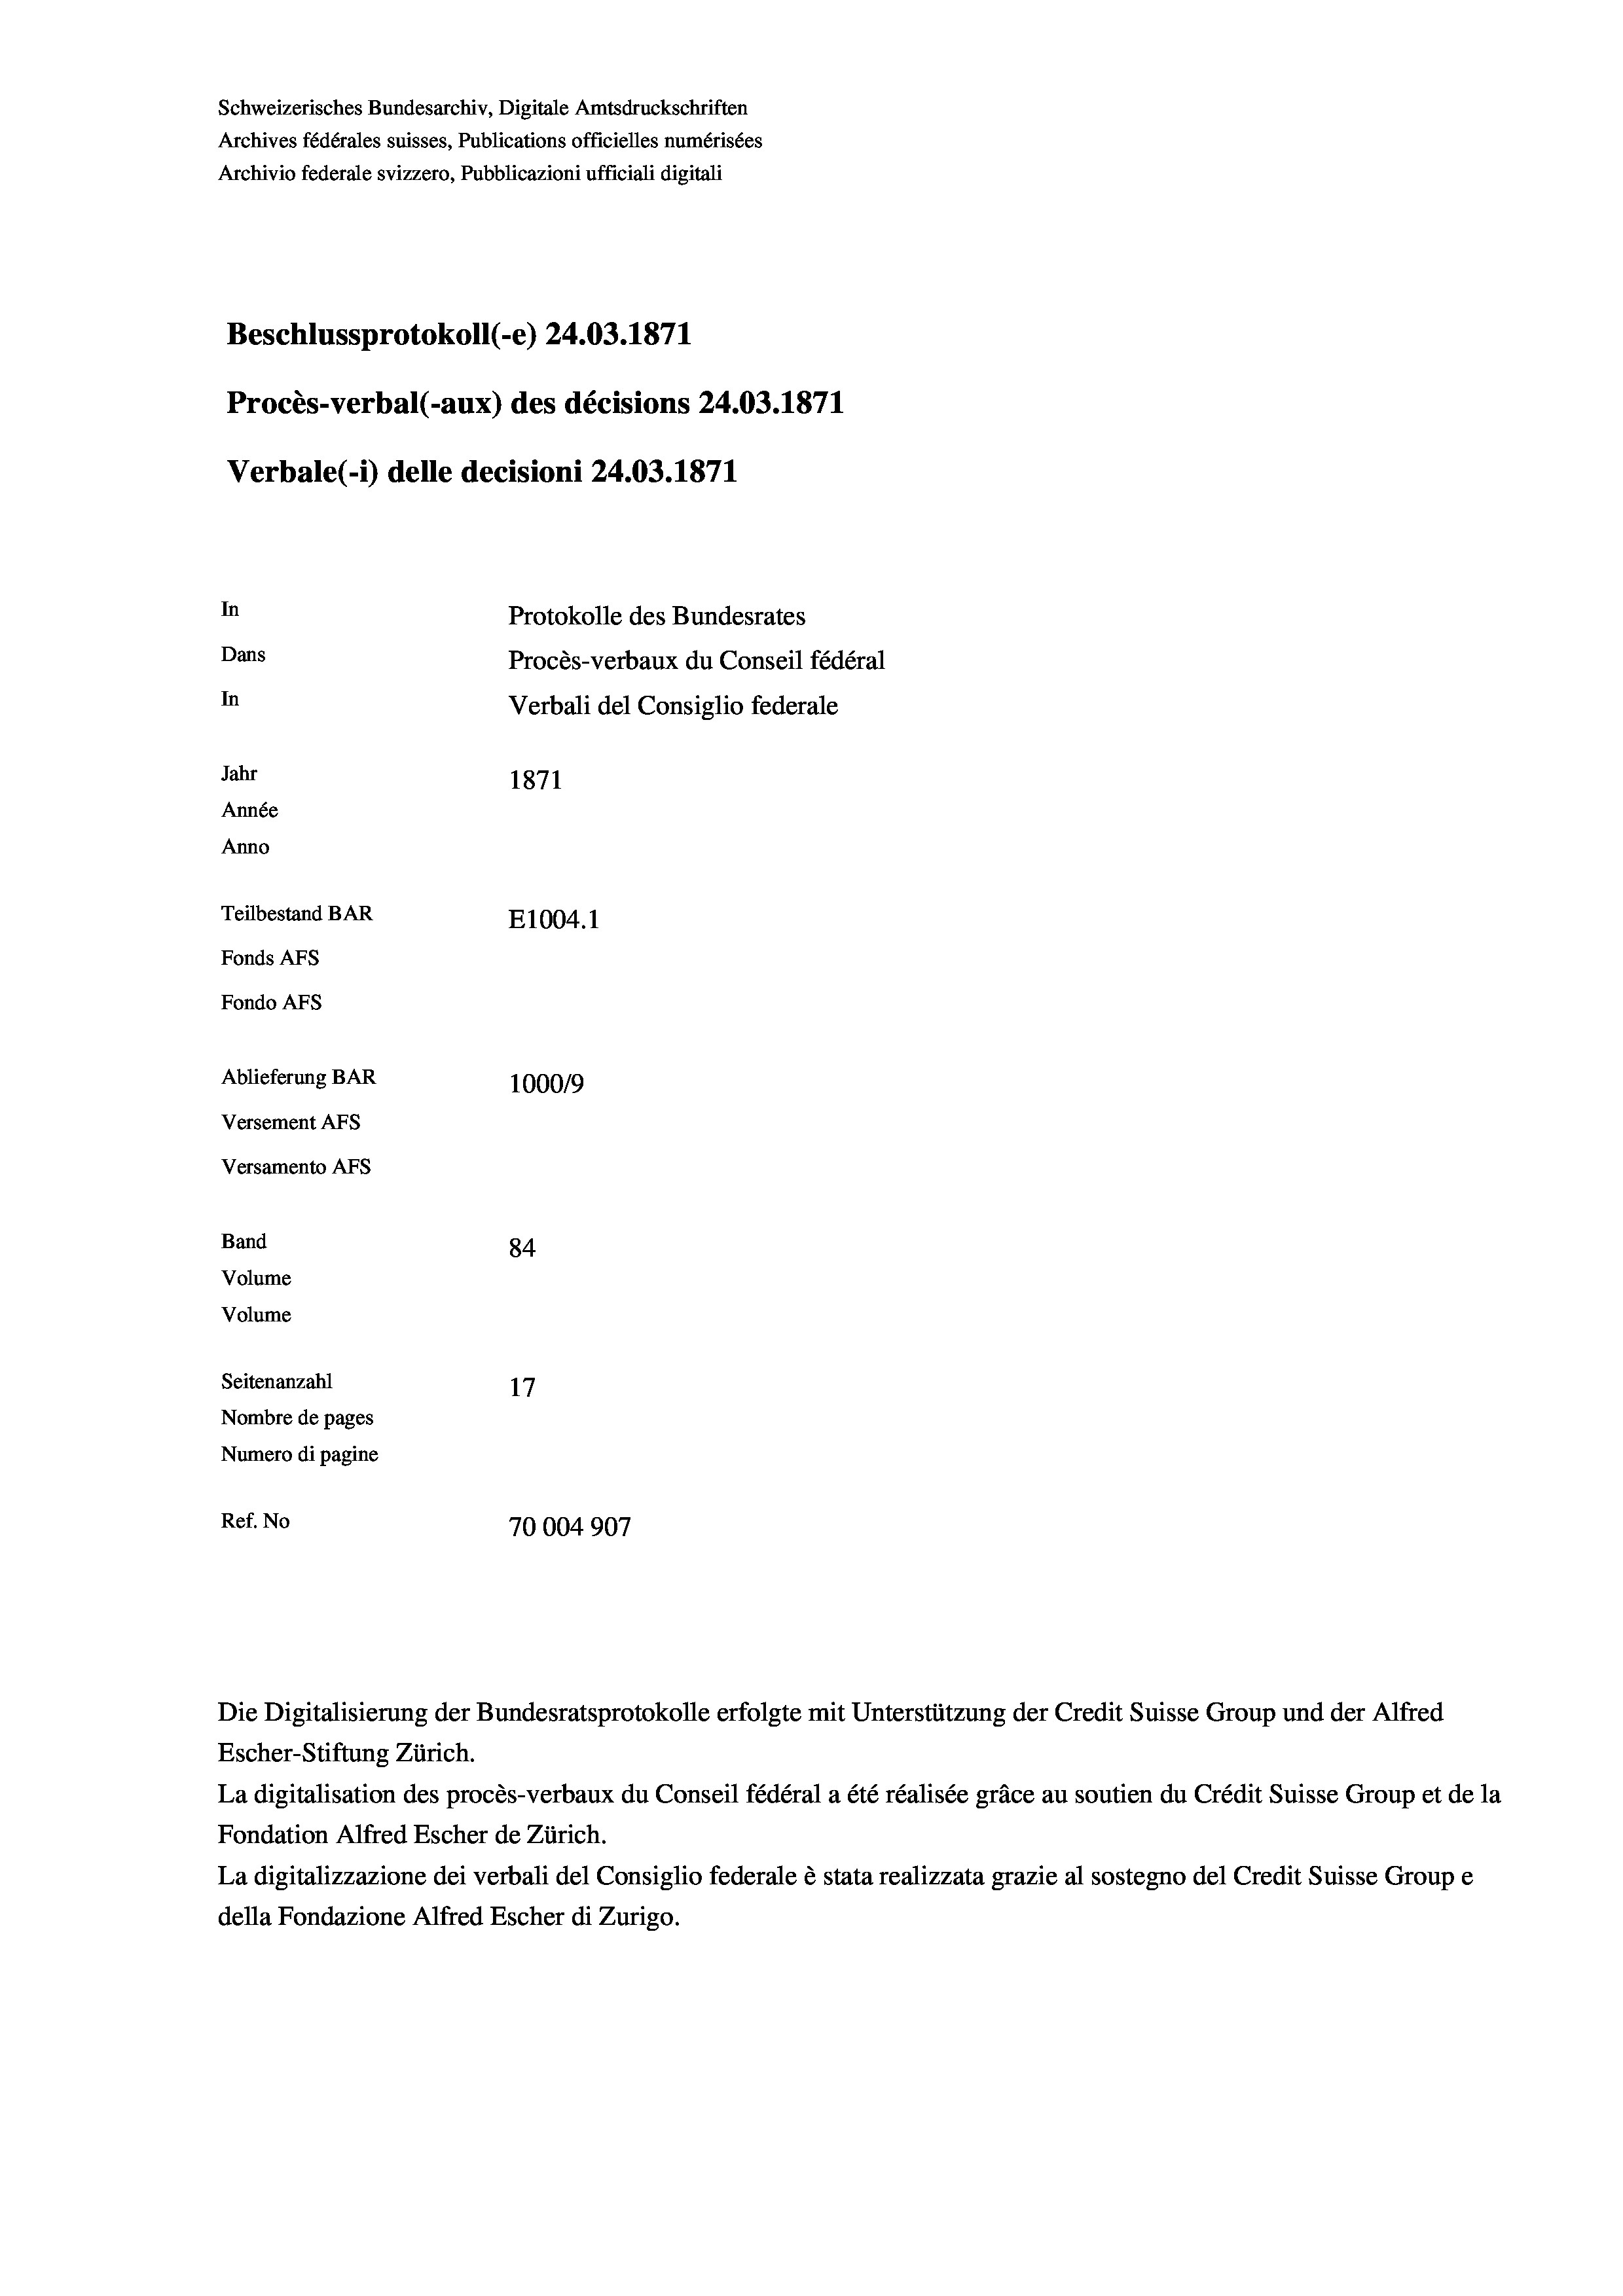
Schweizerisches Bundesarchiv, Digitale Amtsdruckschriften
Archives fédérales suisses, Publications officielles numérisées
Archivio federale svizzero, Pubblicazioni ufficiali digitali
Beschlussprotokoll (-e) 24.03. 1871
Procès-verbal (-aux) des décisions 24.03. 1871
Verbale (i) delle decisioni 24.03. 1871
In
Protokolle des Bundesrates
Dans
Procès-verbaux du Conseil fédéral
In
Verbali del Consiglio federale
Jahr
1871
Année
Anno
Teilbestand BAR
E1004. 1
Fonds AFs
Fondo AFs
Ablieferung BAR
100019
Versement Abs
Versamento Afs
Band
84
Volume
Volume
Seitenanzahl
17
Nombre de pages
Numero di pagine
Ref. No
70004907

Die Digitalisierung der Bundesratsprotokolle erfolgte mit Unterstützung der Credit Suisse Group und der Alfred

Escher-Stiftung Zürich.
La digitalisation des procès-verbaux du Conseil fédéral a été réalisée gräce au soutien du Crédit Suisse Group et de la
Fondation Alfred Escher de Zürich.
La digitalizzazione dei verbali del Consiglio federale è stata realizzata grazie al sostegno del Credit Suisse Groupe
della Fondazione Alfred Escher di Zurigo.